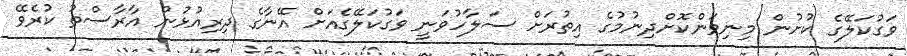
ވަގުކަލޭގެ ކުށުން މިނިވަންކޮށްދިނުމުގެ އިތުރަށް ސަލާހުވަނީ ވަގުކަލޭގެއަށް އޭނާގެ ދިރިއުޅުން އާރާސްތު ކުރެވޭ